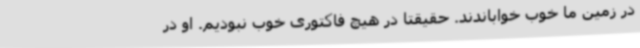
در زمین ما خوب خواباندند. حقیقتا در هیچ فاکتوری خوب نبودیم. او در